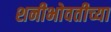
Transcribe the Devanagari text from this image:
शनीभोवतीच्या